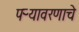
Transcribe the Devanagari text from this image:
पऱ्यावरणाचे